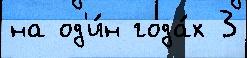
на од'и́н года́х 3